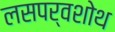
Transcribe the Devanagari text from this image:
लसपर्वशोथ